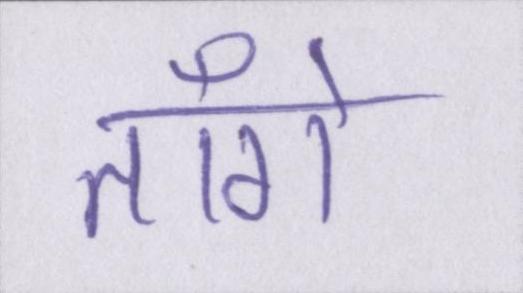
ताँगे